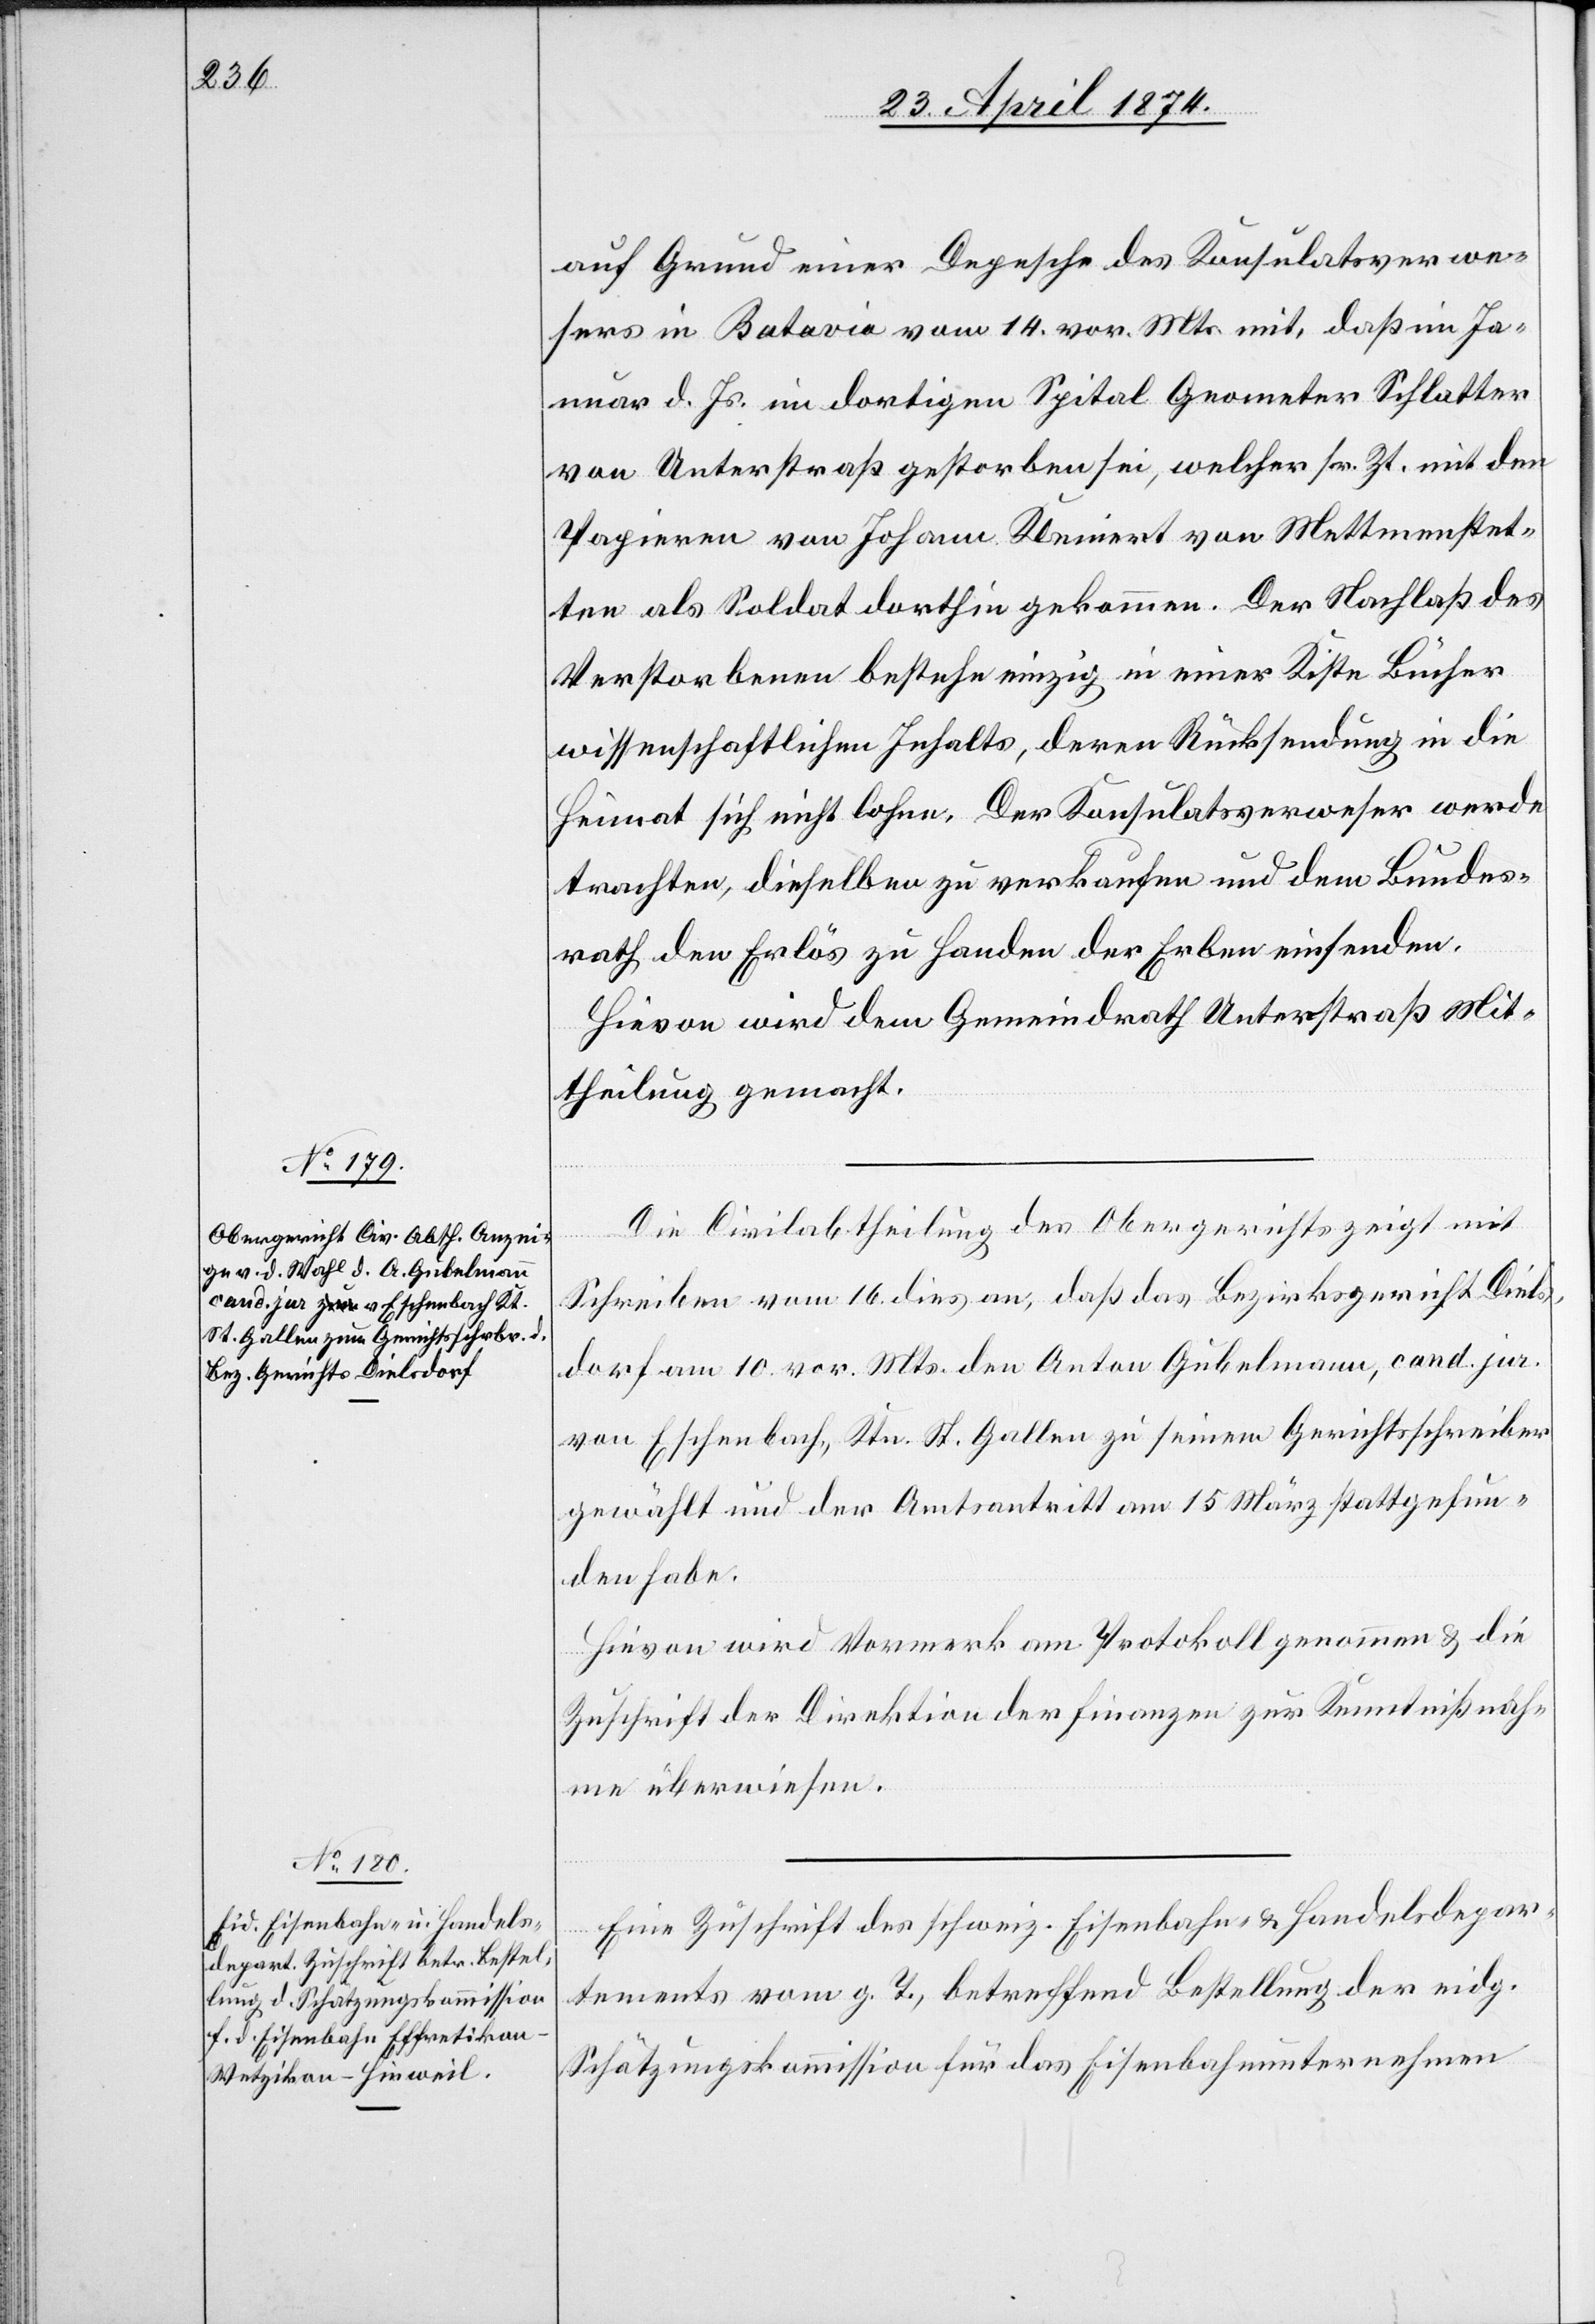
24. April 1874.]
auf Grund einer Depesche des Konsulatsverwe¬
sers in Batavia vom 14. vor. Mts. mit, daß im Ja¬
nuar d. Js. im dortigen Spital Geometer Schlatter
von Unterstraß gestorben sei, welcher sr. Zt. mit den
Papieren von Johann Kleinert von Mettmenstet¬
ten als Soldat dorthin gekommen. Der Nachlaß des
Verstorbenen bestehe einzig in einer Kiste Bücher
wissenschaftlichen Inhalts, deren Rücksendung in die
Heimat sich nicht lohne. Der Konsulatsverweser werde
trachten, dieselben zu verkaufen und dem Bundes¬
rath den Erlös zu Handen der Erben einsenden.
Hievon wird dem Gemeindrath Unterstraß Mit¬
theilung gemacht.
Die Civilabtheilung des Obergerichts zeigt mit
Schreiben vom 16. dies an, daß das Bezirksgericht Diels¬
dorf am 10. vor. Mts. den Anton Gubelmann, cand. jur.
von Eschenbach, Ktn. St. Gallen zu seinem Gerichtsschreiber
gewählt und der Amtsantritt am 15. März stattgefun¬
den habe.
Hievon wird Vormerk am Protokoll genommen u. die
Zuschrift der Direktion der Finanzen zur Kenntnißnah¬
me überwiesen.
Eine Zuschrift des schweiz. Eisenbahn- u. Handelsdepar¬
tements vom g. T., betreffend Bestellung der eidg.
Schätzungskommission für das Eisenbahnunternehmen